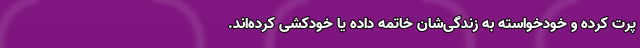
پرت کرده و خودخواسته به زندگی‌شان خاتمه داده یا خودکُشی کرده‌اند.